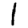
Digit: 1